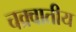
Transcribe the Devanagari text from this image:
चक्र्वातीय